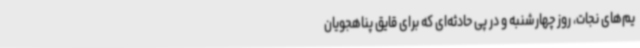
یم‌های نجات، روز چهارشنبه و در پی حادثه‌ای که برای قایق پناهجویان